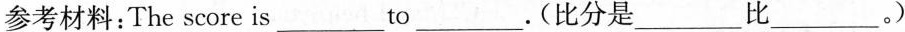
参考材料：The score is___to___.(比分是___比___。)